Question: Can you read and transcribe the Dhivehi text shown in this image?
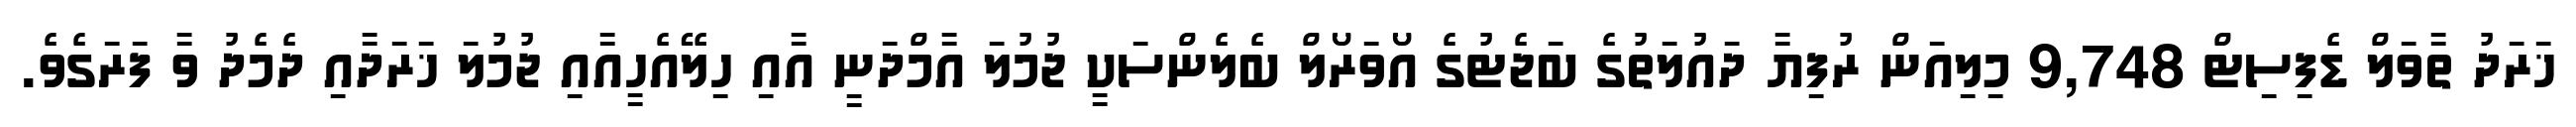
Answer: ޚަރަދު ތާވަލް ޑެފިސިޓް 9,748 މިލިއަން ރުފިޔާ ދައުލަތުގެ ބަޖެޓުގެ އޯވަރޯލް ބެލެންސަކީ ޖުމުލަ އާމްދަނީ އާއި ހިލޭއެހީއާއި ޖުމުލަ ޚަރަދާއި ދެމެދު ވާ ފަރަގެވެ.